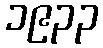
၁၉၃၃